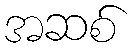
အဆစ်